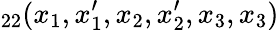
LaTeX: _{22}(x_{1},x_{1}^{\prime},x_{2},x_{2}^{\prime},x_{3},x_{3})